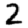
Digit: 2